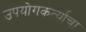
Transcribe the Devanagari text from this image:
उपयोगकर्त्याचा